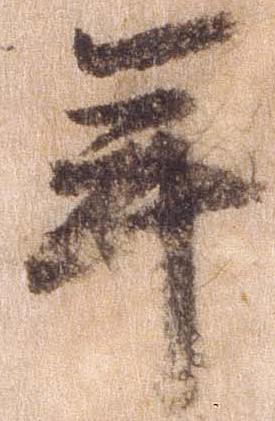
年